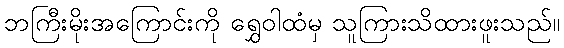
ဘကြီးမိုးအကြောင်းကို ရွှေဝါထံမှ သူကြားသိထားဖူးသည်။